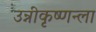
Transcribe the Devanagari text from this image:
उन्नीकृष्णन्ला